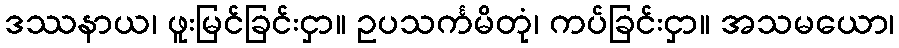
ဒဿနာယ၊ ဖူးမြင်ခြင်းငှာ။ ဥပသင်္ကမိတုံ၊ ကပ်ခြင်းငှာ။ အသမယော၊